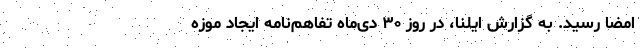
امضا رسید. به گزارش ایلنا، در روز ۳۰ دی‌ماه تفاهم‌نامه ایجاد موزه